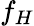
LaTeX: f_{H}